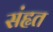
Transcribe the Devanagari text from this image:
संहृत